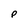
Character: P